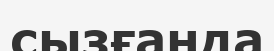
сызғанда